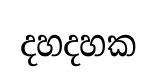
දහදහක